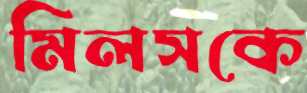
মিলসকে